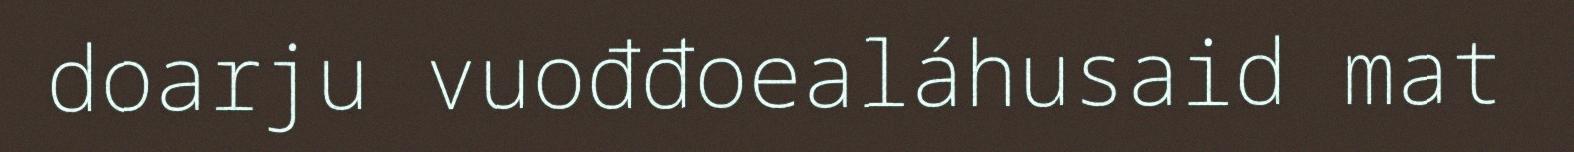
doarju vuođđoealáhusaid mat